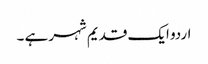
اردو ایک قدیم شہر ہے ۔